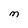
Character: M